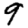
Digit: 9